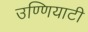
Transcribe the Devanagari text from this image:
उण्णियाटी